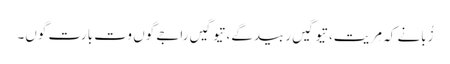
زُبانے کہ مِریت، تیوگیں ربیدگے، تیوگیں راجے گوں وت بارت گوں۔